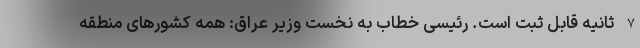
7 ثانیه قابل ثبت است. رئیسی خطاب به نخست وزیر عراق: همه کشورهای منطقه